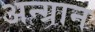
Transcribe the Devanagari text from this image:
अन्ग्रान